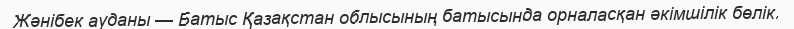
Жәнібек ауданы — Батыс Қазақстан облысының батысында орналасқан әкімшілік бөлік.